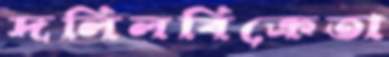
দলিলবিক্রেতা